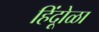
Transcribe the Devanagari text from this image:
हिंदूोळा